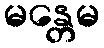
မန္တေမ